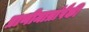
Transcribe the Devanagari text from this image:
प्राणीमात्रांपैकी